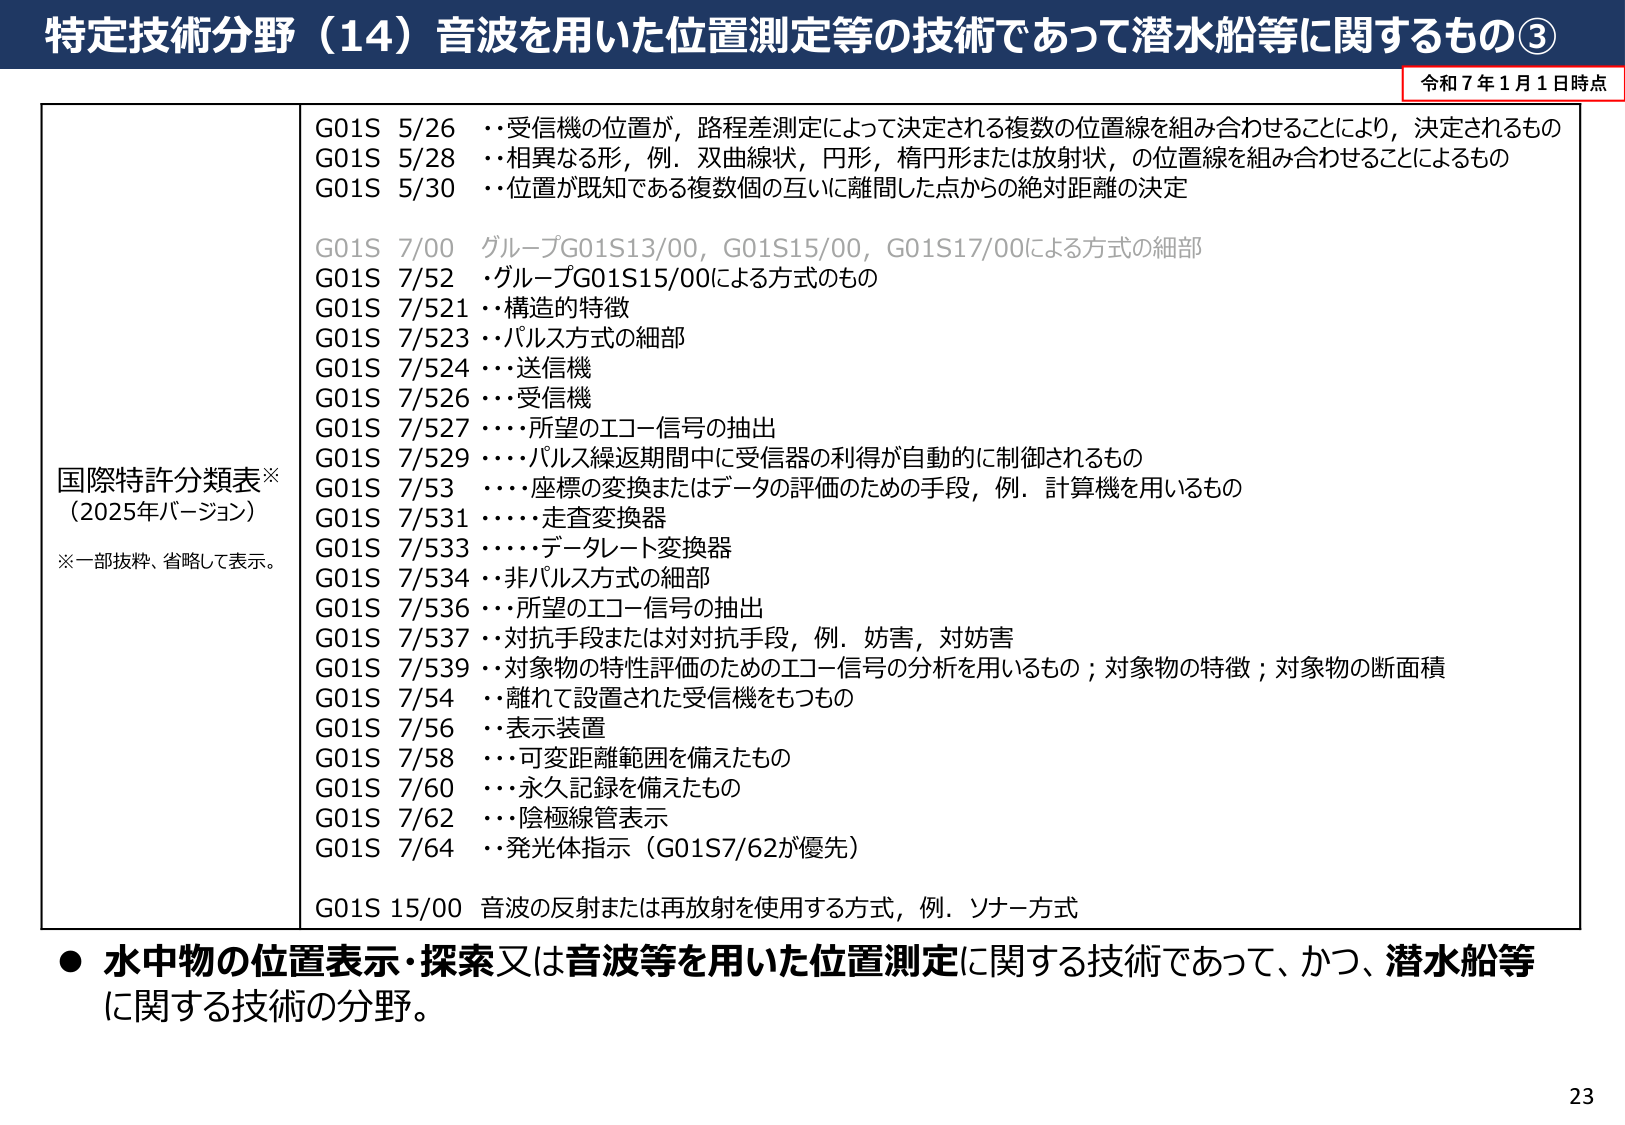
特定技術分野（14）音波を用いた位置測定等の技術であって潜水船等に関するもの③

令和7年1月1日時点

国際特許分類表※
（2025年バージョン）
※一部技粋、省略して表示。

G01S 5/26 ・・受信機の位置が，路程差測定によって決定される複数の位置線を組み合わせることにより，決定されるもの
G01S 5/28 ・・相異なる形，例．双曲線状，円形，楕円形または放射状，の位置線を組み合わせることによるもの
G01S 5/30 ・・位置が既知である複数個の互いに離間した点からの絶対距離の決定

G01S 7/00 グループG01S13/00，G01S15/00，G01S17/00による方式の細部
G01S 7/52 ･グループG01S15/00による方式のもの
G01S 7/521 ・・構造的特徴
G01S 7/523 ・・パルス方式の細部
G01S 7/524 ・・・送信機
G01S 7/526 ・・・受信機
G01S 7/527 ・・・・所望のエコー信号の抽出
G01S 7/529 ・・・・パルス繰返期間中に受信器の利得が自動的に制御されるもの
G01S 7/53 ・・・・座標の変換またはデータの評価のための手段，例．計算機を用いるもの
G01S 7/531 ・・・・・・走査変換器
G01S 7/533 ・・・・・・データレート変換器
G01S 7/534 ・・・・・・非パルス方式の細部
G01S 7/536 ・・・所望のエコー信号の抽出
G01S 7/537 ・・対抗手段または対対抗手段，例．妨害，対妨害
G01S 7/539 ・・対象物の特性評価のためのエコー信号の分析を用いるもの；対象物の特徴；対象物の断面積
G01S 7/54 ・・離れて設置された受信機をもつもの
G01S 7/56 ・・表示装置
G01S 7/58 ・・・可変距離範囲を備えたもの
G01S 7/60 ・・・永久記録を備えたもの
G01S 7/62 ・・・陰極線管表示
G01S 7/64 ・・発光体指示（G01S7/62が優先）

G01S 15/00 音波の反射または再放射を使用する方式，例．ソナー方式

● 水中物の位置表示・探索又は音波等を用いた位置測定に関する技術であって、かつ、潜水船等に関する技術の分野。

23